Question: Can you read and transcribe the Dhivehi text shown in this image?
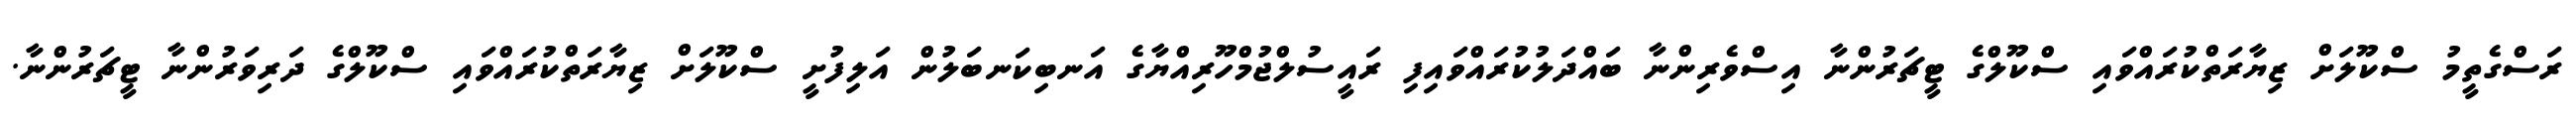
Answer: ރަސްގެތީމު ސްކޫލަށް ޒިޔާރަތްކުރައްވައި ސްކޫލްގެ ޓީޗަރުންނާ އިސްވެރިންނާ ބައްދަލުކުރައްވައިފި ރައީސުލްޖުމްހޫރިއްޔާގެ އަނބިކަނބަލުން އަލިފުށީ ސްކޫލަށް ޒިޔާރަތްކުރައްވައި ސްކޫލްގެ ދަރިވަރުންނާ ޓީޗަރުންނާ.